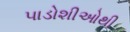
પાડોશીઓથી